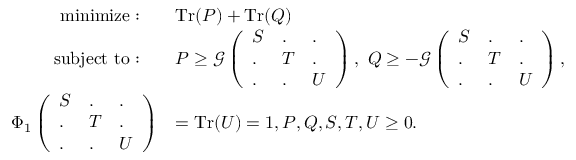
\begin{array} { r l } { \mathrm { m i n i m i z e } : \quad } & { \mathrm { T r } ( P ) + \mathrm { T r } ( Q ) } \\ { \mathrm { s u b j e c t ~ t o } : \quad } & { P \geq \mathcal { G } \left( \begin{array} { l l l } { S } & { . } & { . } \\ { . } & { T } & { . } \\ { . } & { . } & { U } \end{array} \right) , ~ Q \geq - \mathcal { G } \left( \begin{array} { l l l } { S } & { . } & { . } \\ { . } & { T } & { . } \\ { . } & { . } & { U } \end{array} \right) , } \\ { \Phi _ { 1 } \left( \begin{array} { l l l } { S } & { . } & { . } \\ { . } & { T } & { . } \\ { . } & { . } & { U } \end{array} \right) } & { = \mathrm { T r } ( U ) = 1 , P , Q , S , T , U \geq 0 . } \end{array}